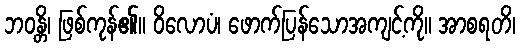
ဘဝန္တိ၊ ဖြစ်ကုန်၏။ ဝိလောပံ၊ ဖောက်ပြန်သောအကျင့်ကို။ အာစရတိ၊